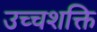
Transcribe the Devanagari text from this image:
उच्‍चशक्ति